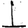
Digit: 1